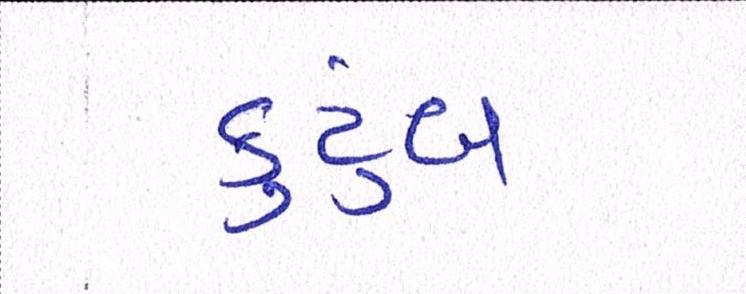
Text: કુટુંબ